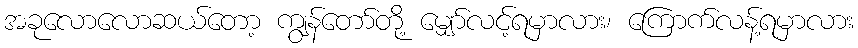
အခုလောလောဆယ်တော့ ကျွန်တော်တို့ မျှော်လင့်ရမှာလား၊ ကြောက်လန့်ရမှာလား